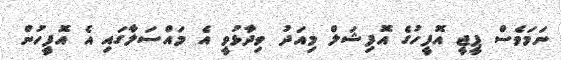
ނަމަވެސް ޕީޖީ އޮފީހުގެ އޮފިޝަލް މިއަދު ވިދާޅުވީ އެ މައްސަލާގައި އެ އޮފީހުން